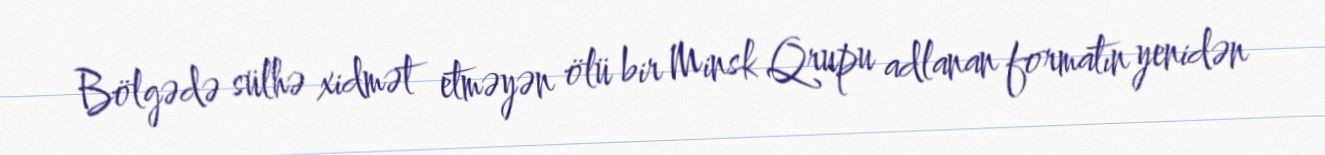
Bölgədə sülhə xidmət etməyən ölü bir Minsk Qrupu adlanan formatın yenidən